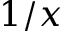
1 / x